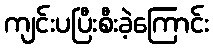
ကျင်းပပြီးစီးခဲ့ကြောင်း